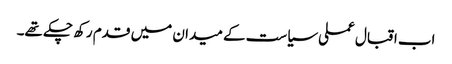
اب اقبال عملی سیاست کے میدان میں قدم رکھ چکے تھے۔